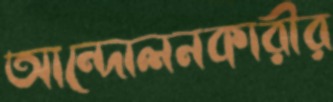
আন্দোলনকারীর